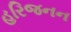
હરિજનન